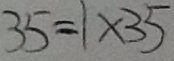
3 5 = 1 \times 3 5